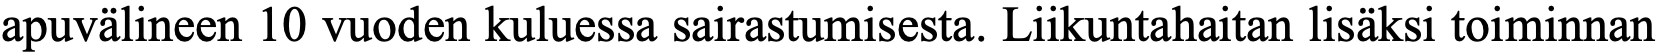
apuvälineen 10 vuoden kuluessa sairastumisesta. Liikuntahaitan lisäksi toiminnan